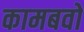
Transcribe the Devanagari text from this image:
कामबवो